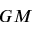
G M